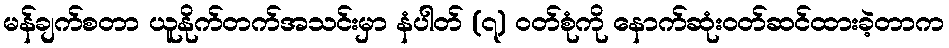
မန်ချက်စတာ ယူနိုက်တက်အသင်းမှာ နံပါတ် (၇) ဝတ်စုံကို နောက်ဆုံးဝတ်ဆင်ထားခဲ့တာက